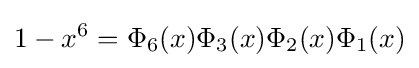
1-x^{6}=\Phi _{6}(x)\Phi _{3}(x)\Phi _{2}(x)\Phi _{1}(x)